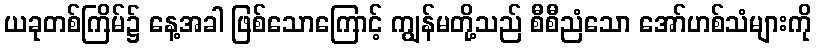
ယခုတစ်ကြိမ်၌ နေ့အခါ ဖြစ်သောကြောင့် ကျွန်မတို့သည် စီစီညံသော အော်ဟစ်သံများကို